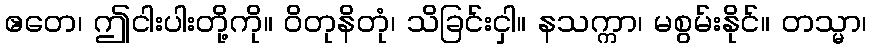
ဧတေ၊ ဤငါးပါးတို့ကို။ ဝိတုနိတုံ၊ သိခြင်းငှါ။ နသက္ကာ၊ မစွမ်းနိုင်။ တသ္မာ၊